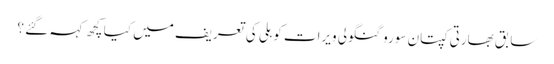
سابق بھارتی کپتان سورو گنگولی ویرات کوہلی کی تعریف میں کیا کچھ کہہ گئے ؟